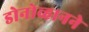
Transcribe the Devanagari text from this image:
डोनोव्हानने